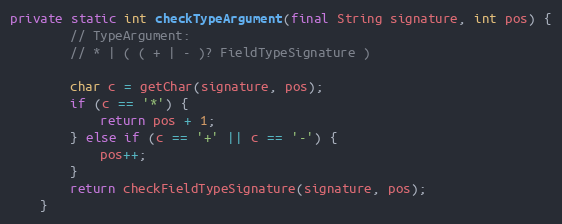
Language: Java
private static int checkTypeArgument(final String signature, int pos) {
        // TypeArgument:
        // * | ( ( + | - )? FieldTypeSignature )

        char c = getChar(signature, pos);
        if (c == '*') {
            return pos + 1;
        } else if (c == '+' || c == '-') {
            pos++;
        }
        return checkFieldTypeSignature(signature, pos);
    }